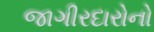
જાગીરદારોનો